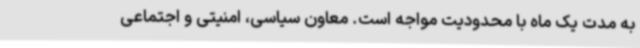
به مدت یک ماه با محدودیت مواجه است. معاون سیاسی، امنیتی و اجتماعی